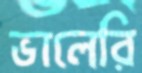
ভালেরি